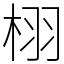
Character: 栩